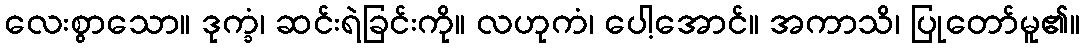
လေးစွာသော။ ဒုက္ခံ၊ ဆင်းရဲခြင်းကို။ လဟုကံ၊ ပေါ့အောင်။ အကာသိ၊ ပြုတော်မူ၏။